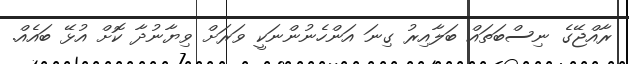
ރާއްޖޭގެ ނިސްބަތައް ބަލާއިރު ގިނަ އަންހެނުންނަކީ ވަރަށް ވިޔާނުދާ ކޮށް އުޅޭ ބައެއް.